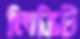
লিভিট